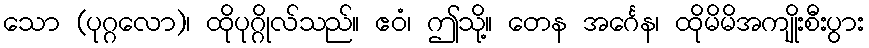
သော (ပုဂ္ဂလော)၊ ထိုပုဂ္ဂိုလ်သည်။ ဧဝံ၊ ဤသို့။ တေန အင်္ဂေန၊ ထိုမိမိအကျိုးစီးပွား